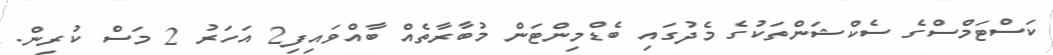
ކަސްޓަމްސްގެ ސެކްޝަންތަކުގެ މެދުގައި ބެޑްމިންޓަން މުބާރާތެއް ބާއްވައިފި2 އަހަރު 2 މަސް ކުރިން.